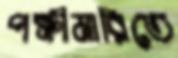
পক্ষীমারিতে